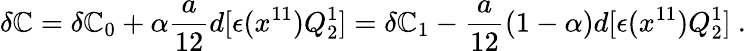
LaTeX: \delta\mathbb{C}=\delta\mathbb{C}_{0}+\alpha{\frac{{a}}{{12}}}d[\epsilon(x^{11})Q_{2}^{1}]=\delta\mathbb{C}_{1}-{\frac{{a}}{{12}}}(1-\alpha)d[\epsilon(x^{11})Q_{2}^{1}]\ .